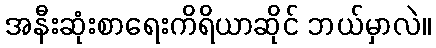
အနီးဆုံးစာရေးကိရိယာဆိုင် ဘယ်မှာလဲ။